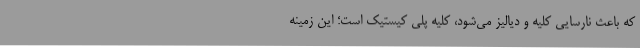
که باعث نارسایی کلیه و دیالیز می‌شود، کلیه پلی کیستیک است؛ این زمینه